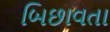
બિછાવતા